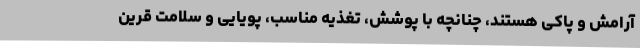
آرامش و پاکی هستند، چنانچه با پوشش، تغذیه مناسب، پویایی و سلامت قرین